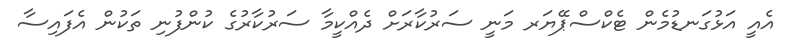
އެއީ އަޅުގަނޑުމެން ޓެކްސްޕޭޔަރ މަނީ ސަރުކާރަށް ދެއްކީމާ ސަރުކާރުގެ ކުންފުނި ތަކުން އެފައިސާ